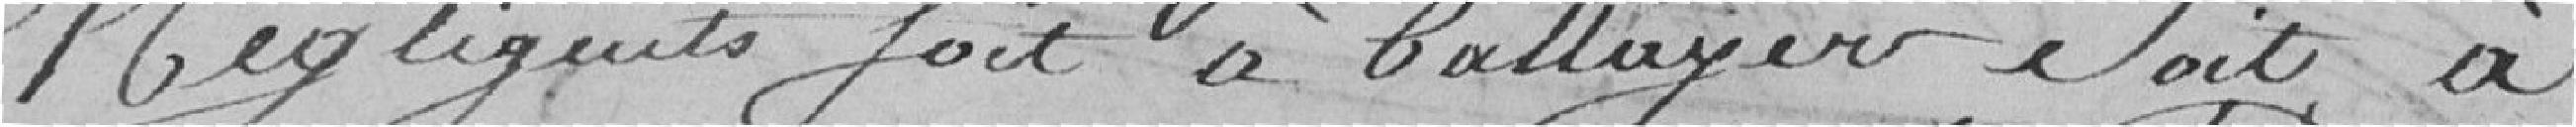
négligents soit à balayer, soit à